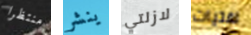
منتظرا ينشر لازلتي لفتيات